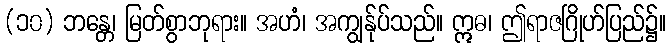
(၁၀) ဘန္တေ၊ မြတ်စွာဘုရား။ အဟံ၊ အကျွန်ုပ်သည်။ ဣဓ၊ ဤရာဇဂြိုဟ်ပြည်၌။